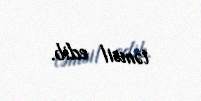
təmsil edib.